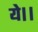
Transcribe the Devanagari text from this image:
ये।।